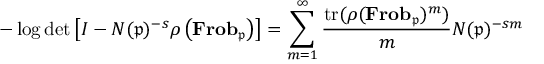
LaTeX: - \log \operatorname* { d e t } \left[ I - N ( { \mathfrak { p } } ) ^ { - s } \rho \left( \mathbf { F r o b } _ { \mathfrak { p } } \right) \right] = \sum _ { m = 1 } ^ { \infty } { \frac { { \mathrm { t r } } ( \rho ( \mathbf { F r o b } _ { \mathfrak { p } } ) ^ { m } ) } { m } } N ( { \mathfrak { p } } ) ^ { - s m }